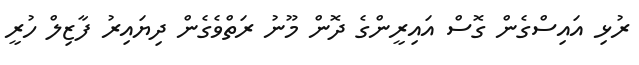
ރުޅި އައިސްގެން ގޮސް އައިރީންގެ ދޮން މޫނު ރަތްވެގެން ދިޔައިރު ފާޒިލް ހުރީ